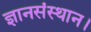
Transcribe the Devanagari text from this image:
ज्ञानसंस्थान।